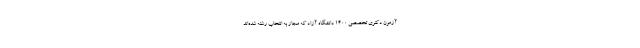
آزمون دکتری تخصصی ۱۴۰۰ دانشگاه آزاد که مجاز به انتخاب رشته شده‌اند